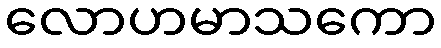
လောဟမာသကော